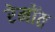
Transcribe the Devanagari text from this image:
रेमोंत